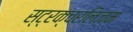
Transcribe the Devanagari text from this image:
स्ट्रक्चरलिज़म